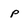
Character: p